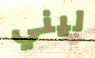
ليني